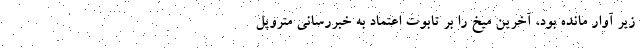
زیر آوار مانده بود، آخرین میخ را بر تابوت اعتماد به خبررسانی متروپل